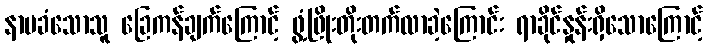
နာမခံသောသူ ခြေကန်ချက်ကြောင့် ဖွံ့ဖြိုးတိုးတက်လာခဲ့ကြောင်း ရာခိုင်နှုန်းရှိသောကြောင့်